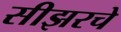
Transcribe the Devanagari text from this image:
सीझरचे